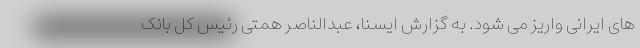
های ایرانی واریز می شود. به گزارش ایسنا، عبدالناصر همتی رئیس کل بانک